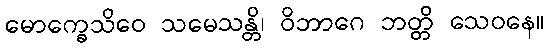
မောက္ခေသိဝေ သမေသန္တိ၊ ဝိဘာဂေ ဘတ္တိ သေဝနေ။